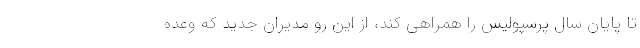
تا پایان سال پرسپولیس را همراهی کند، از این رو مدیران جدید که وعده